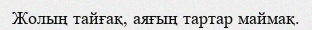
Жолың тайғақ, аяғың тартар маймақ.